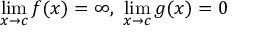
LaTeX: \operatorname* { l i m } _ { x \to c } f ( x ) = \infty , \ \operatorname* { l i m } _ { x \to c } g ( x ) = 0